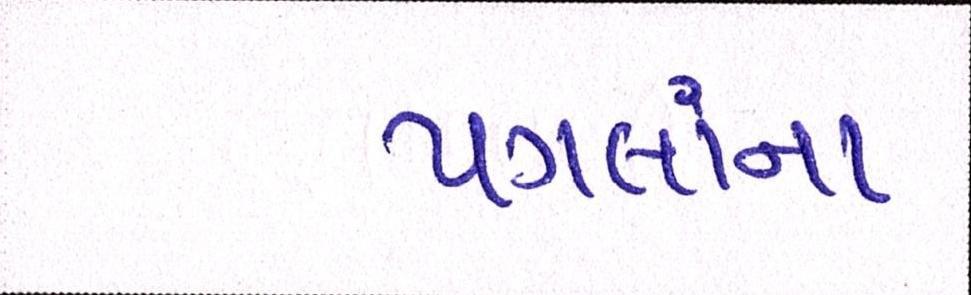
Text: પગલાંના